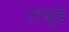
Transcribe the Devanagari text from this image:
तांबूडे